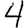
Digit: 4